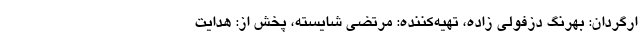
ارگردان: بهرنگ دزفولی زاده، تهیه‌کننده: مرتضی شایسته، پخش از: هدایت